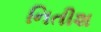
નિતીશ